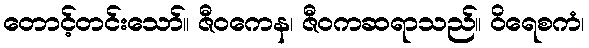
တောင့်တင်းသော်။ ဇီဝကေန၊ ဇီဝကဆရာသည်။ ဝိရေစကံ၊